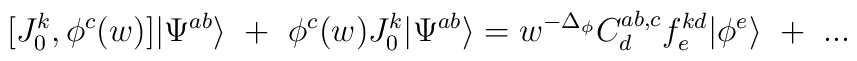
[J^k_0,\phi^c(w)]|\Psi^{ab}\rangle~+~\phi^c(w)J^k_0|\Psi^{ab}\rangle=w^{-\Delta_\phi}C^{ab,c}_df^{kd}_e|\phi^e\rangle~+~...